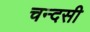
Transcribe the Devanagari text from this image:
चन्दसी